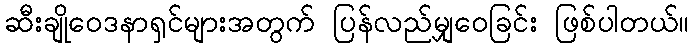
ဆီးချိုဝေဒနာရှင်များအတွက် ပြန်လည်မျှဝေခြင်း ဖြစ်ပါတယ်။